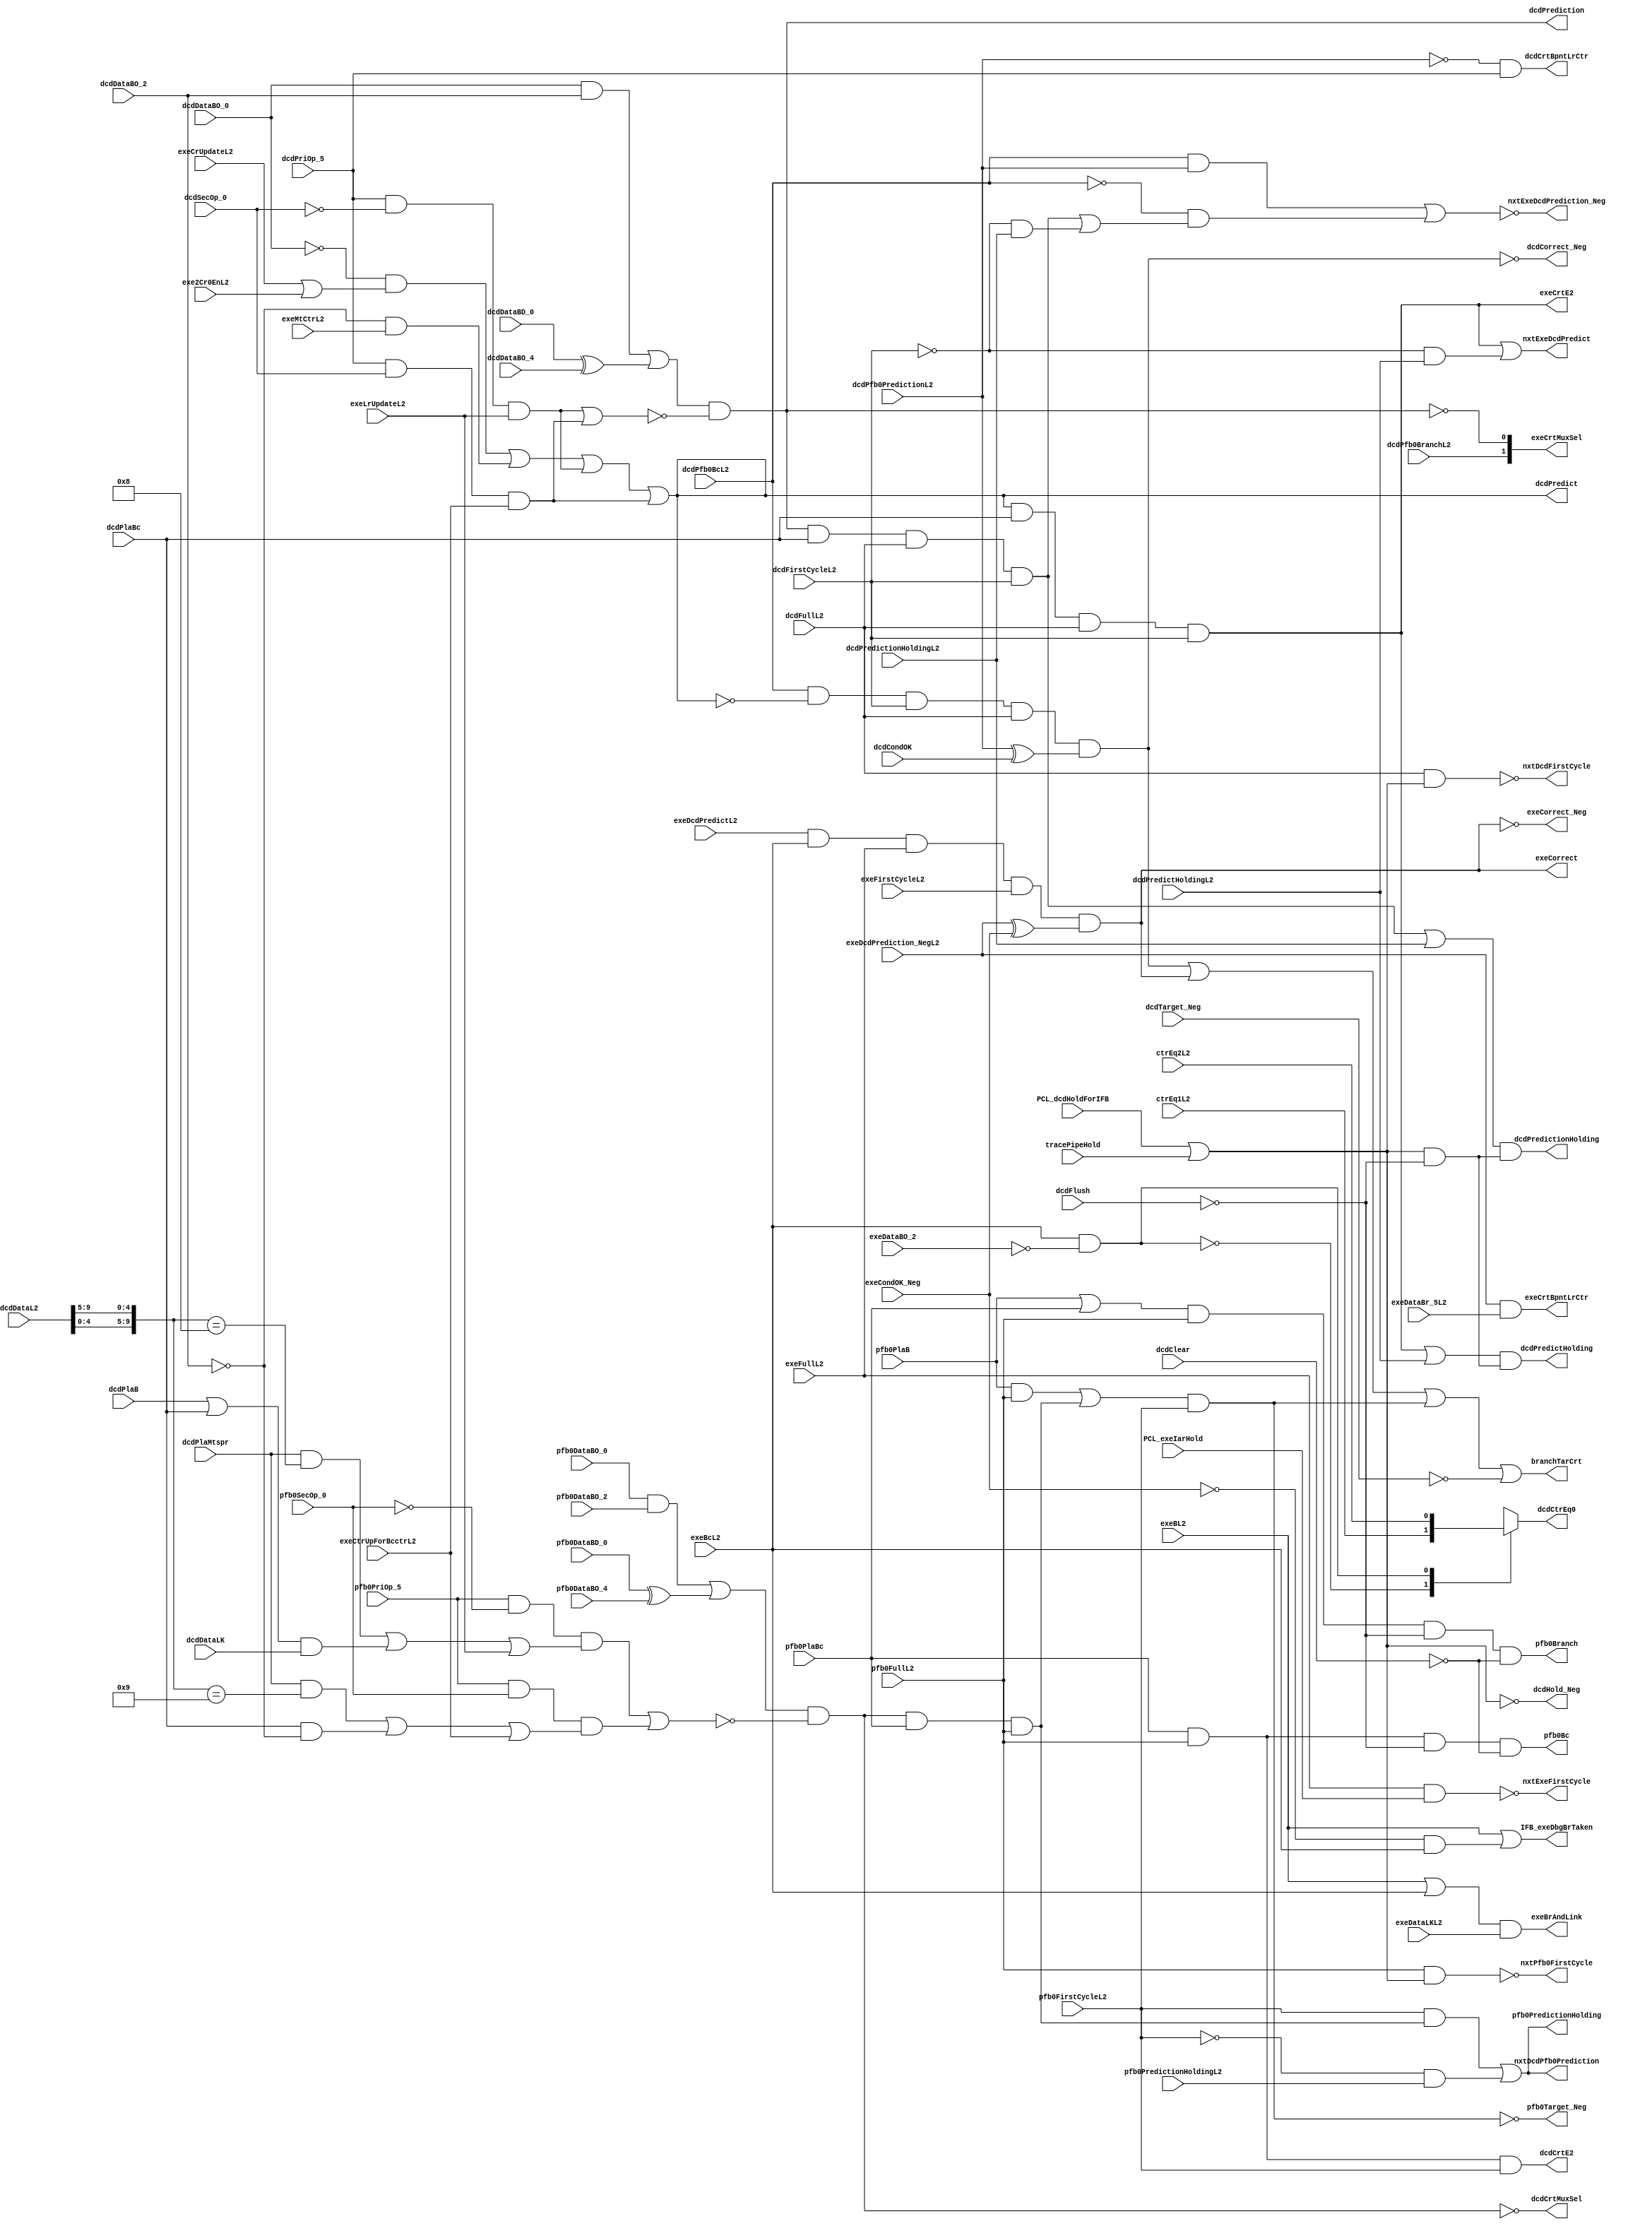
// 
// ************************************************************************** 
// 
//  Copyright (c) International Business Machines Corporation, 2005. 
// 
//  This file contains trade secrets and other proprietary and confidential 
//  information of International Business Machines Corporation which are 
//  protected by copyright and other intellectual property rights and shall 
//  not be reproduced, transferred to other documents, disclosed to others, 
//  or used for any purpose except as specifically authorized in writing by 
//  International Business Machines Corporation. This notice must be 
//  contained as part of this text at all times. 
// 
// ************************************************************************** 
//
// Verilog HDL for "PR_ifb", "brEquations" "_functional"

/////////////////////////////////////////
// Please generate symbol automatically//
/////////////////////////////////////////

module p405s_brEquations (
  pfb0Branch,
  nxtPfb0FirstCycle,
  pfb0Bc,
  pfb0Target_Neg,
  pfb0PredictionHolding,
  nxtDcdPfb0Prediction,
  dcdPredict,
  dcdPrediction,
  nxtExeDcdPrediction_Neg,
  dcdCorrect_Neg,
  dcdCtrEq0,
  nxtDcdFirstCycle,
  dcdHold_Neg,
  dcdPredictHolding,
  nxtExeDcdPredict,
  dcdPredictionHolding,
  exeCorrect,
  exeCorrect_Neg,
  exeBrAndLink,
  nxtExeFirstCycle,
  exeCrtBpntLrCtr,
  branchTarCrt,
  IFB_exeDbgBrTaken,
  dcdCrtE2,
  dcdCrtMuxSel,
  exeCrtE2,
  exeCrtMuxSel,
  pfb0PlaB,
  pfb0PlaBc,
  pfb0PriOp_5,
  pfb0SecOp_0,
  pfb0DataBO_0,
  pfb0DataBO_2,
  pfb0DataBO_4,
  pfb0DataBD_0,
  pfb0FullL2,
  pfb0FirstCycleL2,
  pfb0PredictionHoldingL2,
  dcdPlaB,
  dcdPlaBc,
  dcdPlaMtspr,
  dcdDataBO_0,
  dcdDataBO_2,
  dcdDataBO_4,
  dcdDataBD_0,
  dcdDataL2,
  dcdPriOp_5,
  dcdSecOp_0,
  dcdDataLK,
  dcdPfb0PredictionL2,
  dcdPfb0BranchL2,
  dcdPfb0BcL2,
  dcdCrtBpntLrCtr,
  dcdCondOK,
  dcdTarget_Neg,
  dcdFullL2,
  dcdFirstCycleL2,
  dcdClear,
  dcdFlush,
  dcdPredictHoldingL2,
  dcdPredictionHoldingL2,
  exeBL2,
  exeBcL2,
  exeMtCtrL2,
  exeDataBO_2,
  exeDataLKL2,
  exeFullL2,
  exeFirstCycleL2,
  exeDcdPredictL2,
  exeDcdPrediction_NegL2,
  exeCondOK_Neg,
  exe2Cr0EnL2,
  exeCrUpdateL2,
  exeCtrUpForBcctrL2,
  exeLrUpdateL2,
  exeDataBr_5L2,
  ctrEq1L2,
  ctrEq2L2,
  PCL_dcdHoldForIFB,
  PCL_exeIarHold,
  tracePipeHold
);

output          pfb0Branch, nxtPfb0FirstCycle, pfb0Bc, pfb0Target_Neg,
                pfb0PredictionHolding, nxtDcdPfb0Prediction;

output          dcdPredict, dcdPrediction, nxtExeDcdPrediction_Neg,
                dcdCorrect_Neg, dcdCtrEq0, nxtDcdFirstCycle, dcdHold_Neg,
                dcdCrtBpntLrCtr, dcdPredictHolding, nxtExeDcdPredict,
                dcdPredictionHolding;

output          exeCorrect, exeCorrect_Neg, exeBrAndLink, nxtExeFirstCycle;
output          exeCrtBpntLrCtr;
output  [0:1]   exeCrtMuxSel;

output          branchTarCrt;
output          IFB_exeDbgBrTaken;

output          dcdCrtE2, dcdCrtMuxSel, exeCrtE2;

input           pfb0PlaB, pfb0PlaBc;
input           pfb0PriOp_5, pfb0SecOp_0;
input           pfb0DataBO_0, pfb0DataBO_2, pfb0DataBO_4;
input           pfb0DataBD_0, pfb0FullL2, pfb0FirstCycleL2;
input           pfb0PredictionHoldingL2;

input           dcdPlaB, dcdPlaBc, dcdPlaMtspr;
input   [11:20] dcdDataL2;
input           dcdPriOp_5, dcdSecOp_0, dcdDataLK;
input           dcdDataBO_0, dcdDataBO_2, dcdDataBO_4, dcdDataBD_0;
input           dcdPfb0PredictionL2, dcdPfb0BranchL2;
input           dcdPfb0BcL2;
input           dcdCondOK, dcdTarget_Neg, dcdFullL2, dcdFirstCycleL2;
input           dcdClear, dcdFlush, dcdPredictHoldingL2;
input           dcdPredictionHoldingL2;

input           exeBL2, exeBcL2;
input           exeMtCtrL2;
input           exeDataBO_2;
input           exeDataLKL2;
input           exeDcdPredictL2, exeDcdPrediction_NegL2, exeCondOK_Neg;
input           exeFirstCycleL2, exeFullL2, exeDataBr_5L2;
input           exe2Cr0EnL2, exeCrUpdateL2, exeCtrUpForBcctrL2, exeLrUpdateL2;

input           ctrEq1L2, ctrEq2L2, PCL_dcdHoldForIFB, PCL_exeIarHold;
input           tracePipeHold;

reg             dcdCtrEq0;

wire            pfb0Prediction, pfb0PredictionQ;

wire            dcdPredictionQ, dcdPredictQ;
wire            dcdCtrUpForBcctr, dcdLrUpdate;
wire    [0:9]   dcdDataSprn;


wire        pfb0Target_Neg_int;
wire        nxtDcdPfb0Prediction_int;
wire        dcdPredict_int;
wire        dcdPrediction_int;
wire        dcdCorrect_Neg_int;
wire        exeCorrect_Neg_int;

assign pfb0Target_Neg =  pfb0Target_Neg_int;
assign nxtDcdPfb0Prediction =  nxtDcdPfb0Prediction_int;
assign dcdPredict =  dcdPredict_int;
assign dcdPrediction =  dcdPrediction_int;
assign dcdCorrect_Neg =  dcdCorrect_Neg_int;
assign exeCorrect_Neg =  exeCorrect_Neg_int;


// Change History:
// 09/15/98 JD/SP  Rewrote IFB_exeDbgBrTaken. Removed the exeIarHold and exeFlush terms.
//                 Those terms are included in debug logic.

// Rename signals for ease of debug
assign dcdDataSprn[0:9] = {dcdDataL2[16:20],dcdDataL2[11:15]};

// dcdBubble not included because all cases of IFB dcdBubble will cause a flush.
// This may cause unnecessay target and corrects to send aborts to the cache.
//    Do we want to do this???
assign dcdHold_Neg = ~(PCL_dcdHoldForIFB | tracePipeHold);

// First cycle if not full and holding.
assign nxtPfb0FirstCycle = ~(pfb0FullL2 & (PCL_dcdHoldForIFB | tracePipeHold));
assign nxtDcdFirstCycle = ~(dcdFullL2 & (PCL_dcdHoldForIFB | tracePipeHold));
assign nxtExeFirstCycle = ~(exeFullL2 & PCL_exeIarHold);

// Signal indicates that there is a branch is pfb0
// If dcd is flushing or clearing the instruction in pfb0 is being dicarded
assign pfb0Branch = (pfb0PlaB | pfb0PlaBc) & pfb0FullL2 & ~dcdFlush & ~dcdClear;

// Signal indicates that there is a branch conditional in pfb0
// Since all conditiona branches in pfb0 predict this is used as pfb0Predict.
assign pfb0Bc = pfb0PlaBc & pfb0FullL2 & ~dcdFlush & ~dcdClear;

// This is the value of branch prediction. Terms are defined as follows:
// Is the branch dependent cr or ctr, if not then predict taken (unconditional)
// Static predition as defined in PowerPc architecture.
// All terms qualified by bc and full when used. If the branch is to link
// or count and link or count are being updated the branch is predicted not
// taken.
// pfb0Predict will be qualified with pfb0Full and pfb0Bc. Because of this we
// only need 2 bits to determine if a branch is a bclr or bcctr.
assign pfb0Prediction =
 ((pfb0DataBO_0 & pfb0DataBO_2) | (pfb0DataBD_0 ^ pfb0DataBO_4)) &
  ~((pfb0PriOp_5 & ~pfb0SecOp_0 & (dcdLrUpdate | exeLrUpdateL2)) |      //bclr
  (pfb0PriOp_5 & pfb0SecOp_0 & (dcdCtrUpForBcctr | exeCtrUpForBcctrL2)));//bcctr

assign pfb0PredictionQ = pfb0Prediction & pfb0PlaBc & pfb0FullL2;
assign pfb0Target_Neg_int = ~(((pfb0PlaB & pfb0FullL2) | pfb0PredictionQ) &
                            pfb0FirstCycleL2);

// Issue 198
// If dcd holds while exe moves a dependency that initially caused the
//    direction of pfb0Prediction to change. The value of the pfb0FirstCycleL2
//    prediction is saved and passed to the dcd stage when the pipeline moves.
//    This problem has only been found to exist with an APU ops and CTR and
//    LR updates.
//assign pfb0PredictionHolding = ((pfb0PredictionQ & pfb0FirstCycleL2) |
//                                pfb0PredictionHoldingL2) &
//                             ((PCL_dcdHoldForIFB | tracePipeHold) & ~dcdFlush);
//assign nxtDcdPfb0Prediction = pfb0FirstCycleL2 & pfb0PredictionQ |
//                              ~pfb0FirstCycleL2 & pfb0PredictionHoldingL2;

//Issue 207: There was a bug in Prowler that came as a result of the changes 
// made for Issue 198 above.  The changes made are above.  The problem is a 
// branch not taken with the 198 fix.  The new fix is below:
//

//ignoring leda warning B_1013: nxtDcdPfb0Prediction_int drives multiple ports
assign pfb0PredictionHolding = nxtDcdPfb0Prediction_int;

assign nxtDcdPfb0Prediction_int = pfb0FirstCycleL2 & pfb0PredictionQ |
                              ~pfb0FirstCycleL2 & pfb0PredictionHoldingL2;



// Controls to dcdCorrect register. If predicting if pfb0 then must load
// correct register. Mux select does not need to be qualified with Bc and full
// because the E2 is. Branch conditional in pfb0 always predicts.
assign dcdCrtE2 = pfb0PlaBc & pfb0FullL2 & pfb0FirstCycleL2;
// 0 - nsi
// 1 - pfb0 target
assign dcdCrtMuxSel = ~pfb0Prediction;

////////////////////////////////////////////////////////////
// This signal determines if any of conditions that a branch is dependent on
// are unresolved so that the branch can not be determined and prediction
// must be used. The following conditions are checked as follows:
// Branch dependent on cr and cr being updated in exe stage.
// Branch dependent on ctr and ctr being updated in exe stage.
// Branch conditional to link and link being updated in exe stage.
//   this condition will be predicted not taken.
// Branch conditional to ctr and ctr being updated in exe stage.
//   this condition will be predicted not taken.
// All terms are qualified by the full bit and Bc when used
// If predicting in dcd then must have predicted in pfb0 if branch was there.
// If branch was predicted in pfb0 the target is blocked in brCondFlow.
// Branch determination can handle multiple branch and decrements in pipe.
// dcdPredict will be qualified with dcdFull and dcdBc. Because of this we only
// need 2 bits to determine if a branch is a bclr or bcctr.
assign dcdPredict_int =
    (~dcdDataBO_0 & (exeCrUpdateL2 | exe2Cr0EnL2)) |
    (~dcdDataBO_2 & exeMtCtrL2) |
    (dcdPriOp_5 & ~dcdSecOp_0 & exeLrUpdateL2) |     //bclr
    (dcdPriOp_5 & dcdSecOp_0 & exeCtrUpForBcctrL2);  //bcctr

assign dcdPredictQ = dcdPredict_int & dcdPlaBc & dcdFullL2;

// Issue 183
// If dcd holds while exe moves a dependency that initially caused dcd to
//    predict can go away. Anytime dcdHolds save the value of predict from
//    the first cycle and send it to exe when the pipe moves.
assign dcdPredictHolding = ((dcdPredictQ & dcdFirstCycleL2) |
                             dcdPredictHoldingL2) &
                           ((PCL_dcdHoldForIFB | tracePipeHold) & ~dcdFlush);

assign nxtExeDcdPredict = dcdFirstCycleL2 & dcdPredictQ |
                          ~dcdFirstCycleL2 & dcdPredictHoldingL2;

// This is the value of branch prediction. Terms are defined as follows:
// Is the branch dependent cr or ctr, if not then predict taken (unconditional)
// Static predition as defined in PowerPc architecture.
// All terms qualified by bc and full when used. If the branch is to link
// or count and link or count are being updated the branch is predicted
// not taken.
// dcdPrediction will be qualified with dcdFull and dcdBc. Because of this we
// only need 2 bits to determine if a branch is a bclr or bcctr.
assign dcdPrediction_int =
    ((dcdDataBO_0 & dcdDataBO_2) | (dcdDataBD_0 ^ dcdDataBO_4)) &
    ~((dcdPriOp_5 & ~dcdSecOp_0 & exeLrUpdateL2) |        //bclr
      (dcdPriOp_5 & dcdSecOp_0 & exeCtrUpForBcctrL2));    //bcctr


assign dcdPredictionQ = (dcdPrediction_int & dcdPlaBc & dcdFullL2);

// Issue 198
// If dcd holds while exe moves a dependency that initially caused the
//    direction of dcdPrediction to change. The value of the dcdFirstCycleL2
//    prediction is saved and passed to exe stage when the pipeline moves.
//  Fixing this equation is a
//  safety measure. This is the second bug associated with not fully
//  understanding our Hold equations. Since Holds are generated in the PCL it
//  is best to protect against any still unforseen hold condition. This fix
//  is not directly associated with the problem found in Issue 198.

assign dcdPredictionHolding = ((dcdPredictionQ & dcdFirstCycleL2) |
                                dcdPredictionHoldingL2) &
                              ((PCL_dcdHoldForIFB | tracePipeHold) & ~dcdFlush);

// New term to fix branch to ctr and branch to lr changing prediction
//   from pfb0 to dcd with standard predition is reversed. If exe has
//   a ctr or lr update then branch prediction is forced to zero. When
//   branch moves to dcd with predition reversed prediction changes to 1.
//   All other branches cannot change prediction between pfb0 and dcd.
//   This equation always looks to see if the branch was in pfb0 and then
//   always uses the same prediction that was used in pfb0 when in dcd, to
//   set the exe stage bit used for determining correction, indicating
//   the direction of the branch was predicted.

// Issue 198
// Old Equation:
// assign nxtExeDcdPrediction_Neg = ~( (dcdPfb0BcL2 & dcdPfb0PredictionL2) |
//                                    (~dcdPfb0BcL2 & dcdPredictionQ) );
// New Equation:
// Add term in case dcdPrediction changes between dcdFirstCycle and
//  subsequent cycles that the instruction holds. Fixing this equation is a
//  safety measure. This is the second bug associated with not fully
//  understanding our Hold equations. Since Holds are generated in the PCL it
//  is best to protect against any still unforseen hold condition. This fix
//  is not directly associated with the problem found in Issue 198.
assign nxtExeDcdPrediction_Neg = ~( (dcdPfb0BcL2 & dcdPfb0PredictionL2) |
                                    (~dcdPfb0BcL2 &
                                     (dcdFirstCycleL2 & dcdPredictionQ |
                                     ~dcdFirstCycleL2 & dcdPredictionHoldingL2))
                                  );


// Signal determines if the branch is being corrected in dcd. A branch
// predicted in pfb0 and the predicted direction is different than the dcd
// direction as indicated by dcdCondOK then correct. The pfb0 signals are
// properly qualifed on the input to the latch.
assign dcdCorrect_Neg_int = ~(dcdPfb0BcL2 & ~dcdPredict_int & dcdFirstCycleL2 &
                          dcdFullL2 & (dcdPfb0PredictionL2 ^ dcdCondOK));

// Mux sel for branch correction. If a branch to link or count is predicted
// not taken the correction comes from the link or count. Otherwise correction
// comes from the dcdCrtL2.
assign dcdCrtBpntLrCtr = ~dcdPfb0PredictionL2 & dcdPriOp_5;

// Used for pfb0Prediction;
assign dcdCtrUpForBcctr = (dcdPlaMtspr & (dcdDataSprn[0:9] == 10'h009)) |
                          (dcdPlaBc &  ~dcdDataBO_2);
assign dcdLrUpdate = (dcdPlaMtspr & (dcdDataSprn[0:9] == 10'h008)) |
                     ((dcdPlaB | dcdPlaBc) & dcdDataLK);

// exe correct register controls. If predicting in dcd then must load exe
// correct register. If predicted in pfb0 and dcd, will pass value
// of dcd correct register.
// If predicting in dcd then must have predicted in pfb0 if branch was there.
// If dcdPfb0BranchL2 is set then branch was in pfb0. Mux select does not
// need to be qualified with Bc and full because the E1 is.
assign exeCrtE2 = dcdPredict_int & dcdPlaBc & dcdFullL2 & dcdFirstCycleL2;
assign exeCrtMuxSel[0:1] = {dcdPfb0BranchL2,~dcdPrediction_int};

/////////////////////////////////////////
// Only need to correct in exe. We know that all branch conditions are
// known when branch is in exe.
// We know we didn't correct in dcd because exeDcdPredictL2 is set.
assign exeCorrect_Neg_int = ~(exeDcdPredictL2 & exeBcL2 & exeFullL2 &
                   exeFirstCycleL2 & (exeDcdPrediction_NegL2 ^ exeCondOK_Neg));
assign exeCorrect = exeDcdPredictL2 & exeBcL2 & exeFullL2 &
                   exeFirstCycleL2 & (exeDcdPrediction_NegL2 ^ exeCondOK_Neg);

// Mux sel for branch correction. If a branch to link or count is predicted
// not taken the correction comes from the link or count. Otherwise correction
// comes from the exeCrtL2.
assign exeCrtBpntLrCtr = exeDcdPrediction_NegL2 & exeDataBr_5L2;

// Create signal to be used in other logic.
assign exeBrAndLink = (exeBL2 | exeBcL2) & exeDataLKL2;

// Logic to determine if ctr = 0 for a branch. Since ctr check is decrement
// then check compare is to 1. Logic has been included to determine if ctr
// is being decremented by other branchs ahead in pipeline. With multiple
// decrements compare of 2 is necessary.
always @(exeBcL2 or exeDataBO_2 or ctrEq1L2 or ctrEq2L2)
begin
    casez(exeBcL2 & ~exeDataBO_2)
        1'b0: dcdCtrEq0 = ctrEq1L2;
        1'b1: dcdCtrEq0 = ctrEq2L2;
        default: dcdCtrEq0 = 1'bx;
    endcase
end

assign branchTarCrt = ~dcdCorrect_Neg_int | ~exeCorrect_Neg_int |
                      ~pfb0Target_Neg_int | ~dcdTarget_Neg;

assign IFB_exeDbgBrTaken = exeBL2 | (~exeCondOK_Neg & exeBcL2);
endmodule